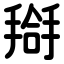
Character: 搿